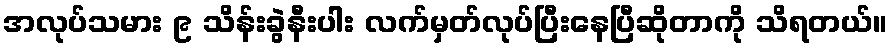
အလုပ်သမား ၉ သိန်းခွဲနီးပါး လက်မှတ်လုပ်ပြီးနေပြီဆိုတာကို သိရတယ်။